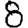
Digit: 8